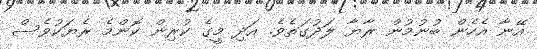
އޭނާ އެހެން ބުނުމުން ރާޔާ ލަދުގަތެވެ. އަދި މީގެ ކުރިން ކޮންމެ ރެޔަކުވެސް